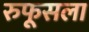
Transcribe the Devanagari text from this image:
रुफूसला